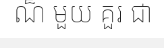
ណ៏ មួយ គួរ ជា